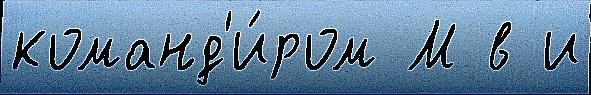
команд'и́ром М в и